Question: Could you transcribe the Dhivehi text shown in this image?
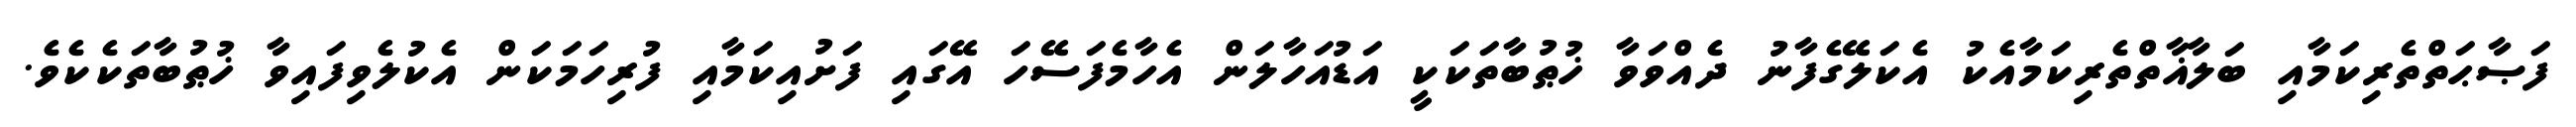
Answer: ފަޞާޙަތްތެރިކަމާއި ބަލާޣާތްތެރިކަމާއެކު އެކަލޭގެފާނު ދެއްވަވާ ޚުޠުބާތަކަކީ އަޑުއަހާލަން އެހާމެފަސޭހަ އޭގައި ފަށުއިކަމާއި ފުރިހަމަކަން އެކުލެވިފައިވާ ޚުޠުބާތަކެކެވެ.